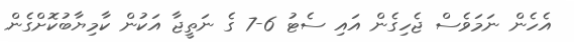
އެހެން ނަމަވެސް ޖެހިގެން އައި ސެޓު 6-7 ގެ ނަތީޖާ އަކުން ކާމިޔާބުކޮށްގެން